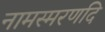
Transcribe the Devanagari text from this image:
नामस्मरणदि